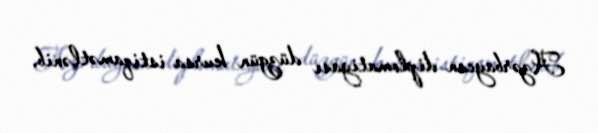
Azərbaycan diplomatiyası düzgün kursa istiqamətlənib.